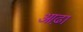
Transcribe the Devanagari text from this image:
आढ़ा